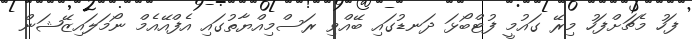
ފަހު މެޗަށްފަހު މިރޭ ގައުމީ ފުޓްބޯޅަ ދަނޑުގައި ބޭއްވި ރަސްމިއްޔާތުގައި އެފްއޭއެމް ނޯމަލައިޒޭޝަން